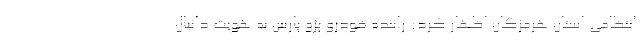
انتظامی استان هرمزگان اظهار کرد: راننده خودرو پژو پارس به هویت دانیال